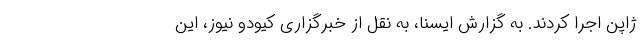
ژاپن اجرا کردند. به گزارش ایسنا، به نقل از خبرگزاری کیودو نیوز، این